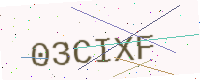
Text: 03CIXF